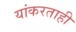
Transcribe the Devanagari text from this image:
यांकरताही